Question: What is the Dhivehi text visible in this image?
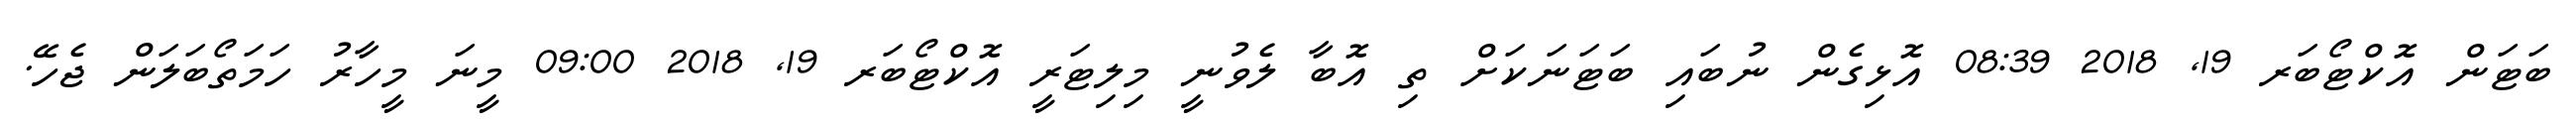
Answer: ބަޓަން އޮކްޓޯބަރ 19, 2018 08:39 އޮޅިގެން ނުބައި ބަޓަނަކަށް ތި އޮބާ ލެވުނީ މިލިޓަރީ އޮކްޓޯބަރ 19, 2018 09:00 މީނަ މީހާރު ހަމަތޯބަލަން ޖެހޭ.